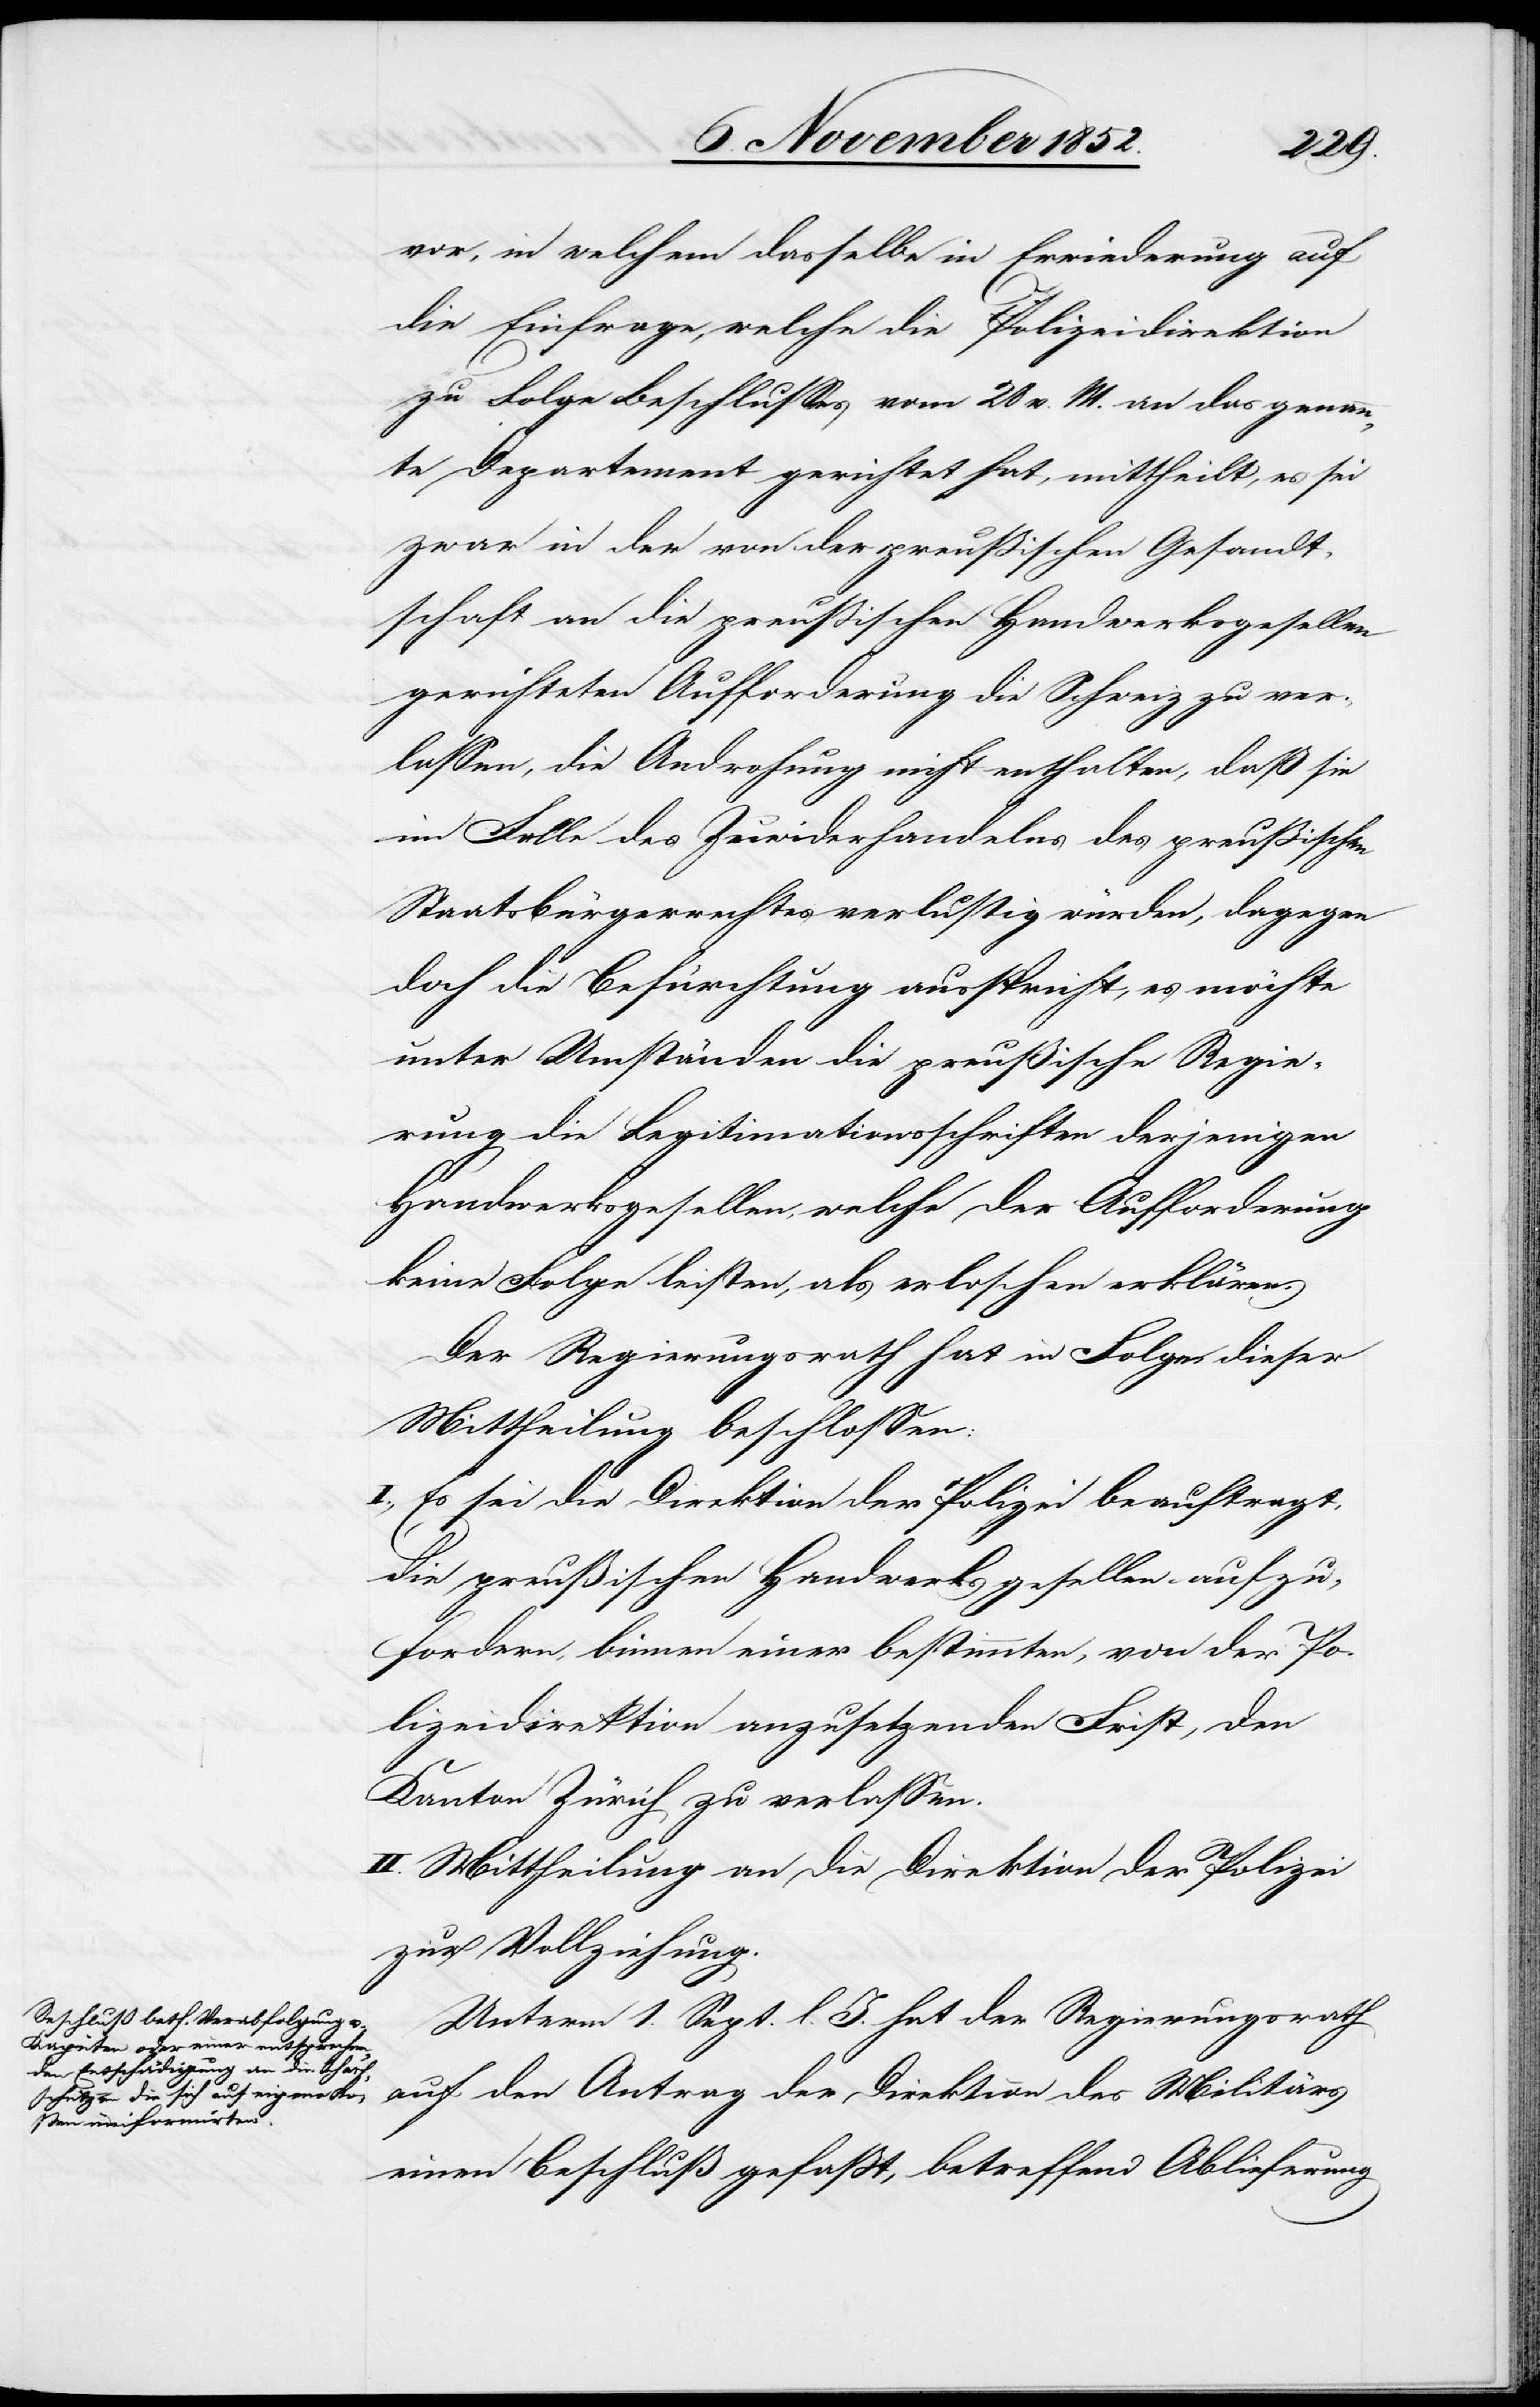
vor, in welchem dasselbe in Erwiederung auf
die Einfrage, welche die Polizeidirektion
zu Folge Beschlusses vom 28 v. M. an das genann¬
te Departement gerichtet hat, mittheilt, es sei
zwar in der von der preußischen Gesandt¬
schaft an die preußischen Handwerksgesellen
gerichteten Aufforderung die Schweiz zu ver¬
lassen, die Androhung nicht enthalten, daß sie
im Falle des Zuwiderhandelns des preußischen
Staatsbürgerrechtes verlustig würden, dagegen
doch die Befürchtung ausspricht, es möchte
unter Umständen die preußische Regie¬
rung die Legitimationsschriften derjenigen
Handwerksgesellen, welche der Aufforderung
keine Folge leisten, als erloschen erklären.
Der Regierungsrath hat in Folge dieser
Mittheilung beschlossen:
I., Es sei die Direktion der Polizei beauftragt,
die preußischen Handwerksgesellen aufzu¬
fordern, binnen einer bestimmten, von der Po¬
lizeidirektion anzusetzenden Frist, den
Kanton Zürich zu verlassen.
II. Mittheilung an die Direktion der Polizei
zur Vollziehung.
Unterm 1. Sept. l. J. hat der Regierungsrath
auf den Antrag der Direktion des Militärs
einen Beschluß gefaßt, betreffend Ablieferung